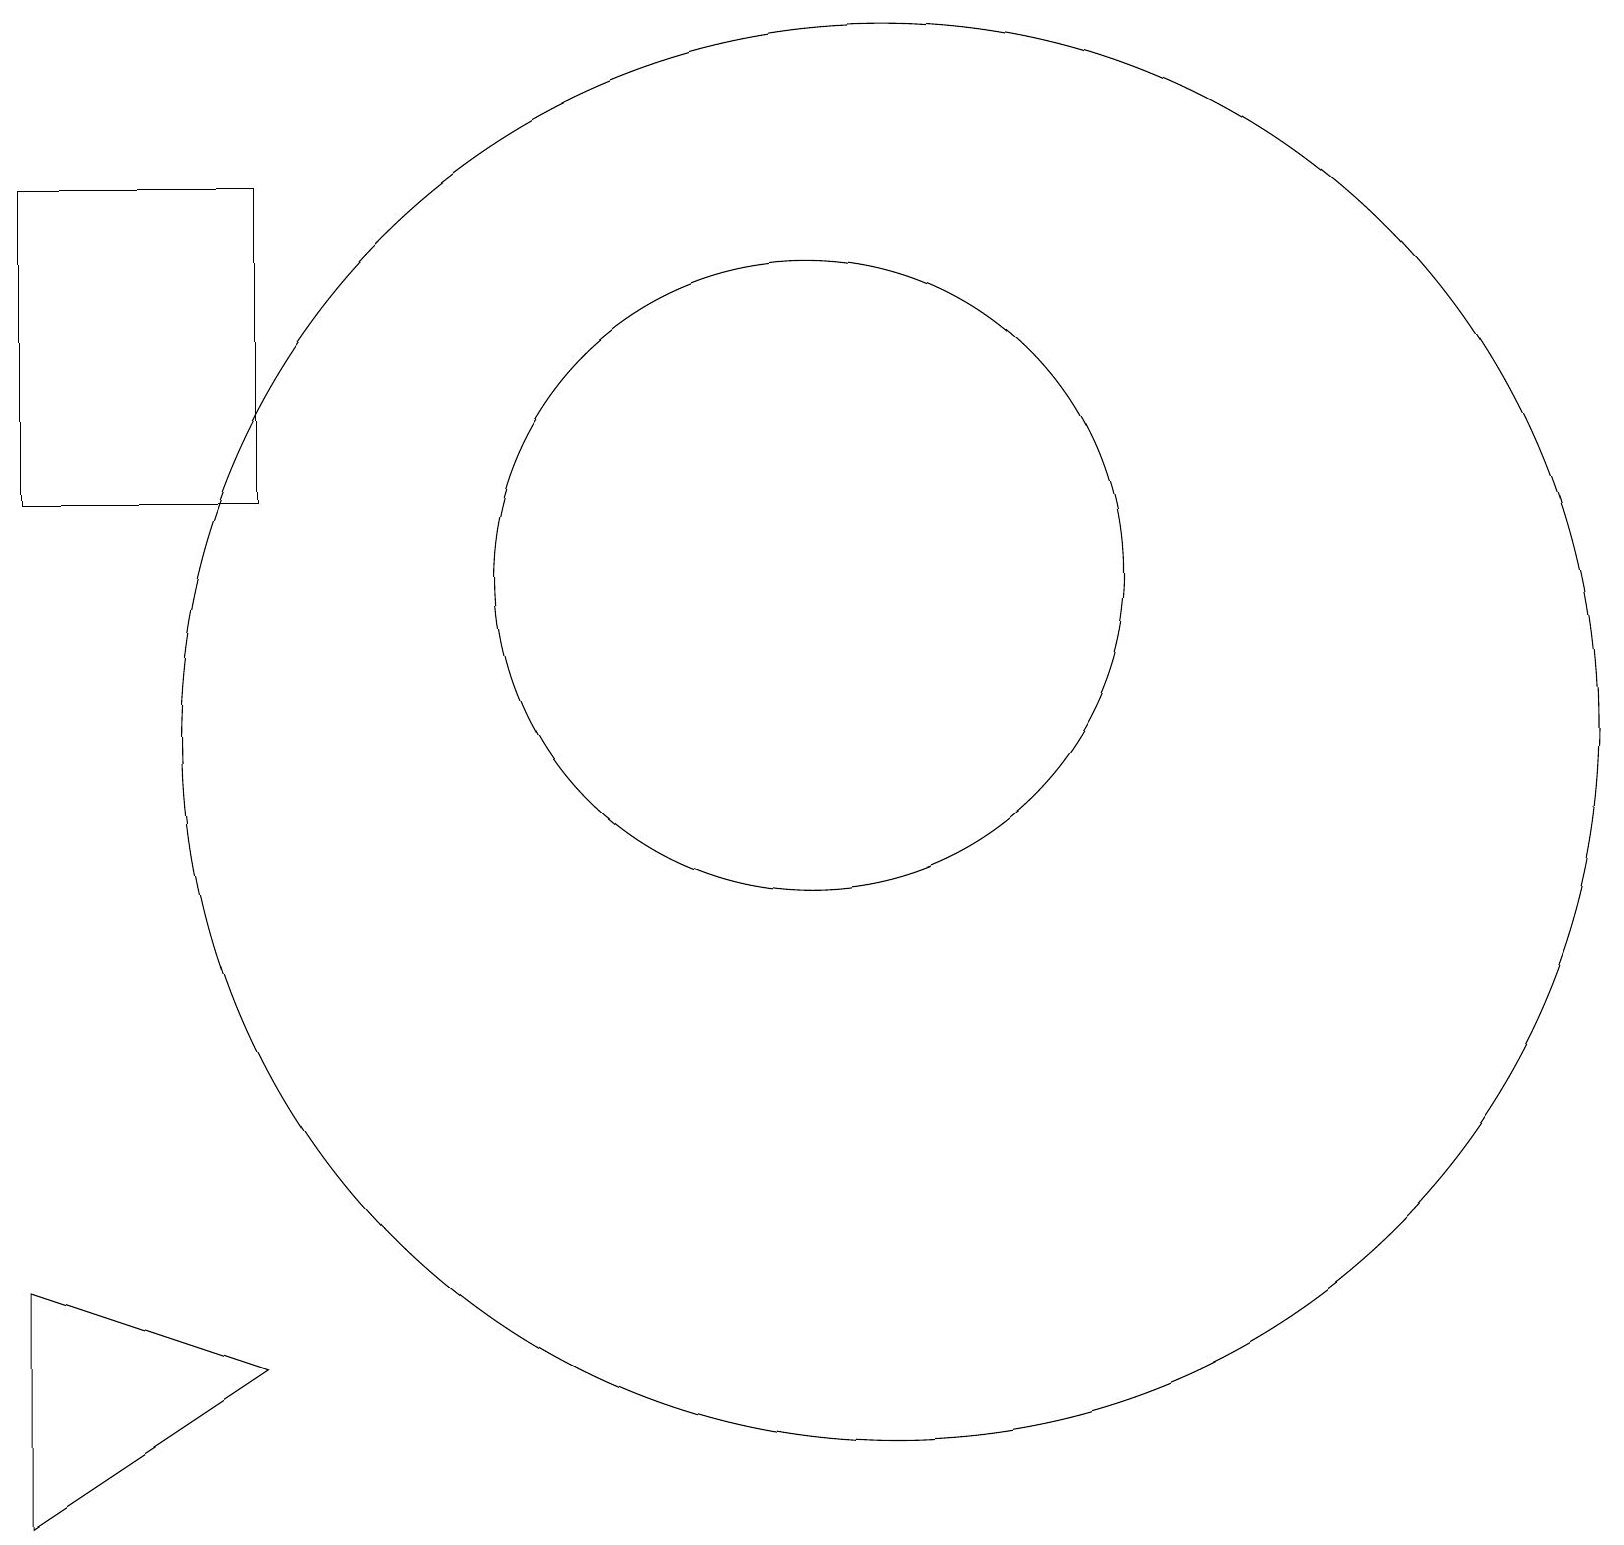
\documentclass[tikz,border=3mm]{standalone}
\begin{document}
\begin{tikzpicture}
\draw (0,17) rectangle (3,13);
\draw (11,10) circle (9);
\draw (0,3) -- (3,2) -- (0,0) -- cycle;
\draw (10,12) circle (4);
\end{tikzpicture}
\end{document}